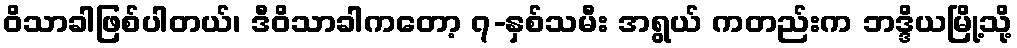
ဝိသာခါဖြစ်ပါတယ်၊ ဒီဝိသာခါကတော့ ၇-နှစ်သမီး အရွယ် ကတည်းက ဘဒ္ဒိယမြို့သို့